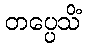
တပ္ပေသိံ